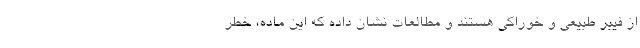
از فیبر طبیعی و خوراکی هستند و مطالعات نشان داده که این ماده، خطر